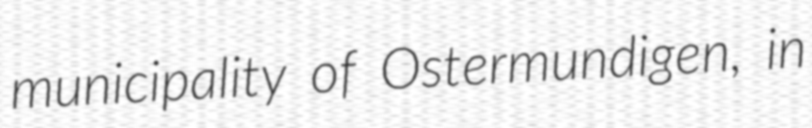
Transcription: municipality of Ostermundigen, in